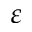
\varepsilon